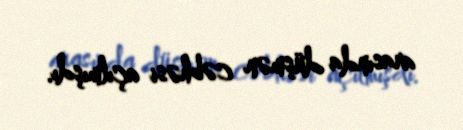
arasında düşmən cəbhəsi açılmışdı.